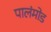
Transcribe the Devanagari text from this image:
पालंमोड